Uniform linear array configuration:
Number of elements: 8
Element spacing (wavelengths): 0.5
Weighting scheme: kaiser
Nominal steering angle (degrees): -45
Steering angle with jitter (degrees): -43.813
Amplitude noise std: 0.05
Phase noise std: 0.05

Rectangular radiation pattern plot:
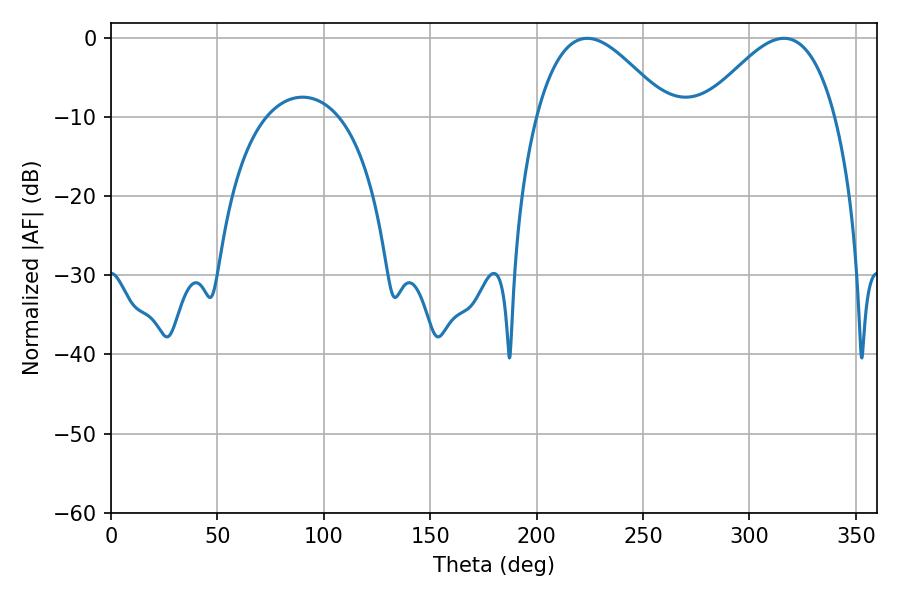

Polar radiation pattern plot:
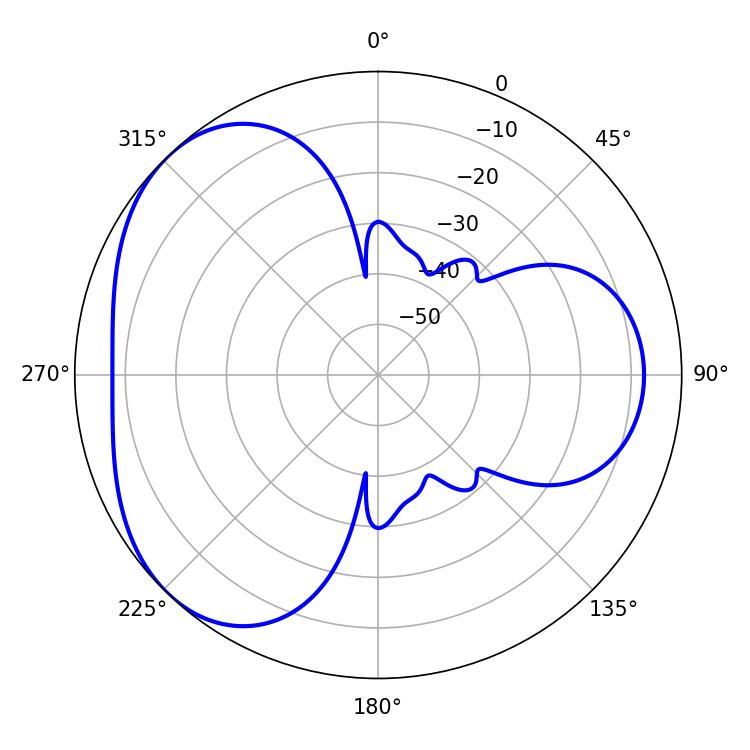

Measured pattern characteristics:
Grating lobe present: FALSE
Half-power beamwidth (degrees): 33.48
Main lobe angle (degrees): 223.74